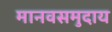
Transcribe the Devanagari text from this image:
मानवसमुदाय